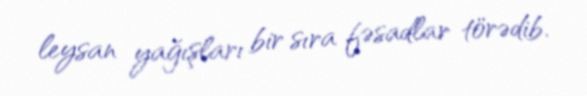
leysan yağışları bir sıra fəsadlar törədib.